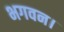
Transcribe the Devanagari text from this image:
भगवन।